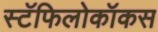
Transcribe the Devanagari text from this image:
स्टॅफिलोकॉकस